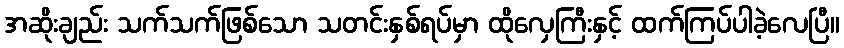
အဆိုးချည်း သက်သက်ဖြစ်သော သတင်းနှစ်ရပ်မှာ ထိုလှေကြီးနှင့် ထက်ကြပ်ပါခဲ့လေပြီ။